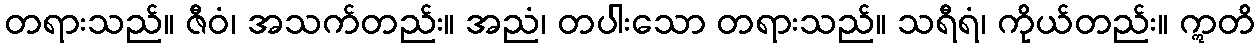
တရားသည်။ ဇီဝံ၊ အသက်တည်း။ အညံ၊ တပါးသော တရားသည်။ သရီရံ၊ ကိုယ်တည်း။ ဣတိ